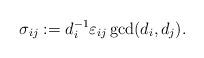
LaTeX: \begin{align*} \sigma_{ij}:=d_i^{-1}\varepsilon_{ij}\gcd(d_i,d_j).\end{align*}